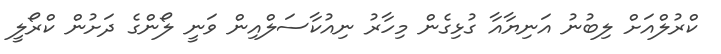
ކްރުލްއަށް ލިބުނު އަނިޔާއާ ގުޅިގެން މިހާރު ނިއުކާސަލްއިން ވަނީ ލޯންގެ ދަށުން ކްރޯލީ